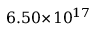
6 . 5 0 \! \times \! 1 0 ^ { 1 7 }